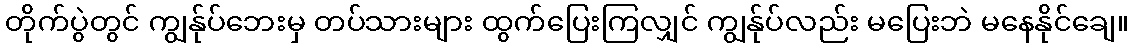
တိုက်ပွဲတွင် ကျွန်ုပ်ဘေးမှ တပ်သားများ ထွက်ပြေးကြလျှင် ကျွန်ုပ်လည်း မပြေးဘဲ မနေနိုင်ချေ။